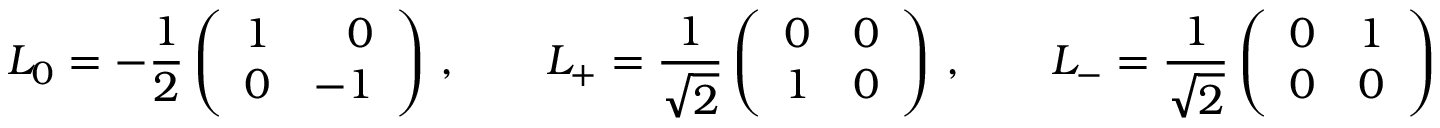
L _ { 0 } = - \frac { 1 } { 2 } \left( \begin{array} { r r } { { 1 } } & { { 0 } } \\ { { 0 } } & { { - 1 } } \end{array} \right) \, , \qquad L _ { + } = \frac { 1 } { \sqrt { 2 } } \left( \begin{array} { r r } { { 0 } } & { { 0 } } \\ { { 1 } } & { { 0 } } \end{array} \right) \, , \qquad L _ { - } = \frac { 1 } { \sqrt { 2 } } \left( \begin{array} { r r } { { 0 } } & { { 1 } } \\ { { 0 } } & { { 0 } } \end{array} \right)